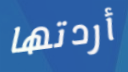
أردتها